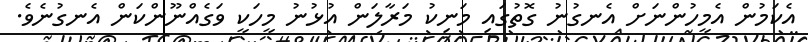
އެކަމުން އެމީހުންނަށް އެނގުނު ގޮތުގައި މަނިކު މަރާލަން އުޅުނު މީހަކީ ވަގެއްނޫންކަން އެނގުނެވެ.